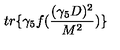
t r \{ \gamma _ { 5 } f ( \frac { ( \gamma _ { 5 } D ) ^ { 2 } } { M ^ { 2 } } ) \}